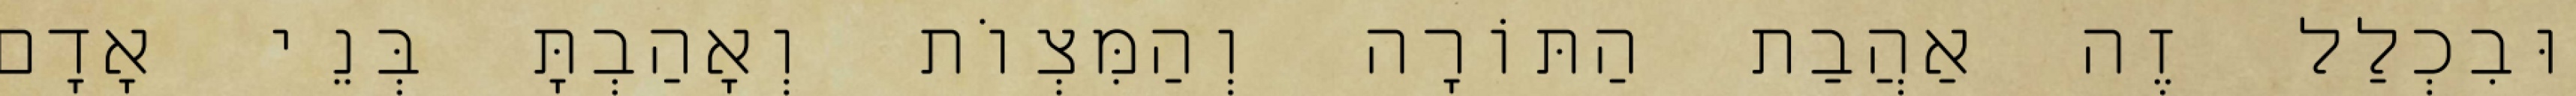
וּבִכְלַל זֶה אַהֲבַת הַתּוֹרָה וְהַמִּצְוֹת וְאָהַבְתָּ בְּנֵי אָדָם